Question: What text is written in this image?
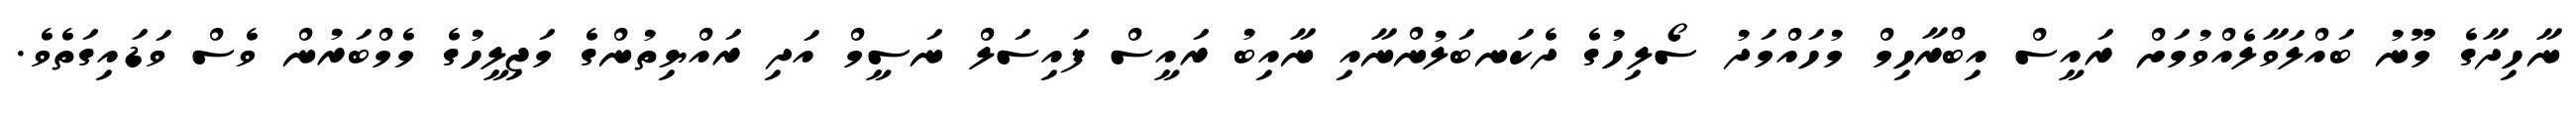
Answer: ނާހިދާގެ މޫނު ބައްލަވާލެއްވުމަށް ރައީސް އިބްރާހިމް މުހައްމަދު ސޯލިހުގެ ދެކަނބަލުންނާއި ނާއިބު ރައީސް ފައިސަލް ނަސީމް އަދި ރައްޔިތުންގެ މަޖިލީހުގެ މެމްބަރުން ވެސް ވަޑައިގަތެވެ.